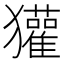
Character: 獾